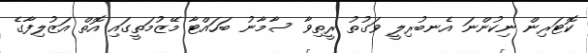
ކޮޓަރިން ނިކުންނަ އެނބުރިލީ ވަގުތު ރީތިވާ ސާމާނު ބަހައްޓާ މޭޒުމަތީގައި އޮތް އަޒުލިފާގެ